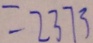
= 2 3 7 3